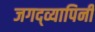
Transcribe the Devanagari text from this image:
जगद्व्यापिनीं